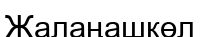
Жалаңашкөл